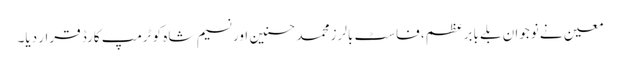
معین نے نوجوان بلے بابرعظم، فاسٹ بالرز محمد حسنین اور نسیم شاہ کو ٹرمپ کارڈ قرار دیا۔